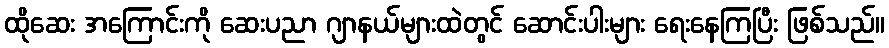
ထိုဆေး အကြောင်းကို ဆေးပညာ ဂျာနယ်များထဲတွင် ဆောင်းပါးများ ရေးနေကြပြီး ဖြစ်သည်။